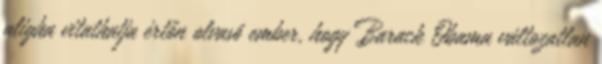
aligha vitathatja értőn olvasó ember, hogy Barack Obama változatlan